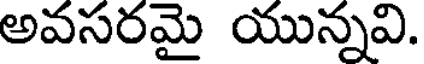
అవసరమై యున్నవి.